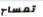
تمساح